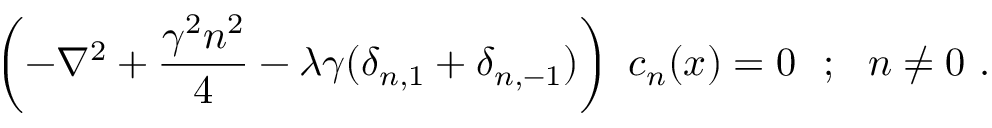
\left( - \nabla ^ { 2 } + \frac { \gamma ^ { 2 } n ^ { 2 } } { 4 } - \lambda \gamma ( \delta _ { n , 1 } + \delta _ { n , - 1 } ) \right) ~ c _ { n } ( x ) = 0 ~ ~ ; ~ ~ n \neq 0 \ .